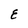
Character: E